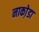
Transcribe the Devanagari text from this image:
नाका़ेडा